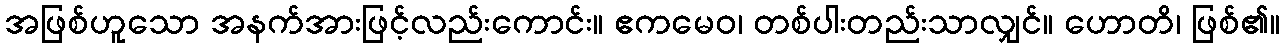
အဖြစ်ဟူသော အနက်အားဖြင့်လည်းကောင်း။ ဧကမေဝ၊ တစ်ပါးတည်းသာလျှင်။ ဟောတိ၊ ဖြစ်၏။